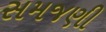
સમજણી